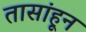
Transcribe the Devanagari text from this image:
तासांहून